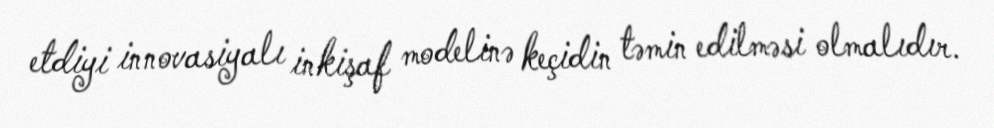
etdiyi innovasiyalı inkişaf modelinə keçidin təmin edilməsi olmalıdır.